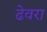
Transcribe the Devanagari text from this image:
ढेवरा